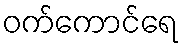
ဝက်ကောင်ရေ